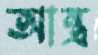
আন্ত্র